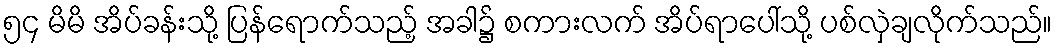
၅၄ မိမိ အိပ်ခန်းသို့ ပြန်ရောက်သည့် အခါ၌ စကားလက် အိပ်ရာပေါ်သို့ ပစ်လှဲချလိုက်သည်။